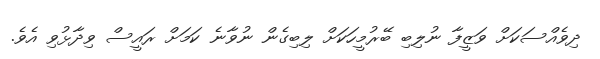
ދިވެއްސަކަށް ވަޒީފާ ނުލިބި ބޭރުމީހަކަށް ލިބިގެން ނުވާނެ ކަމަށް ރައީސް ވިދާޅުވި އެވެ.